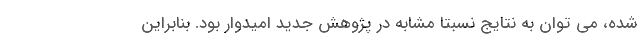
شده، می توان به نتایج نسبتاً مشابه در پژوهش جدید امیدوار بود. بنابراین